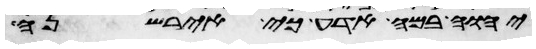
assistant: יהוה במה אדע כי איירשנה